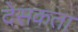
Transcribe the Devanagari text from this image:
देसकता